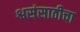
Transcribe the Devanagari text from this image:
श्वसंसाठीचा